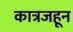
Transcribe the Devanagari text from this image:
कात्रजहून